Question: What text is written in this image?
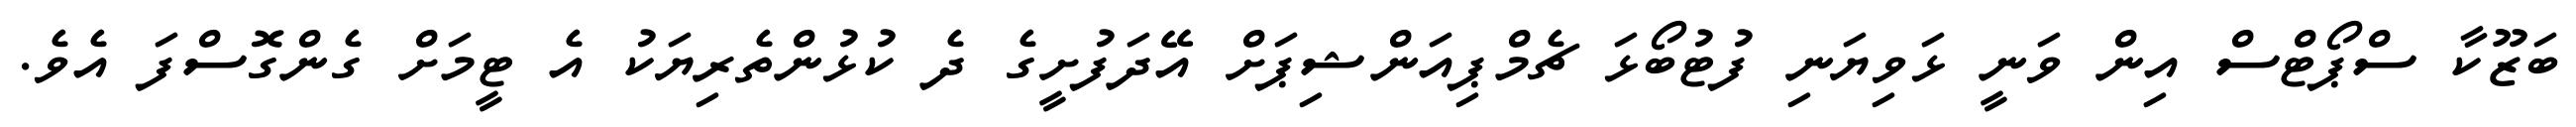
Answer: ބަޒޫކާ ސްޕޯޓްސް އިން ވަނީ ޅަވިޔަނި ފުޓުބޯޅަ ޗެމްޕިއަންޝިޕަށް އޭދަފުށީގެ ދެ ކުޅުންތެރިޔަކު އެ ޓީމަށް ގެންގޮސްފަ އެވެ.